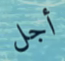
أجل